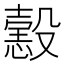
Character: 𢢢